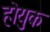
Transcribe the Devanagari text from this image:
होयुक